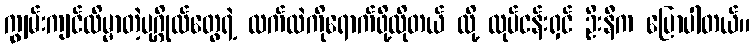
ကျွမ်းကျင်လိမ္မာတဲ့ပုဂ္ဂိုလ်တွေရဲ့ လက်ထဲကိုရောက်ဖို့လိုတယ် လို့ လုပ်ငန်းရှင် ဦးနီက ပြောပါတယ်။